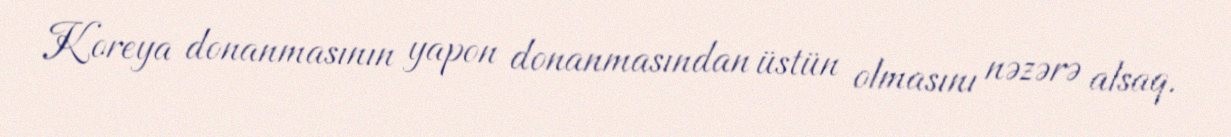
Koreya donanmasının yapon donanmasından üstün olmasını nəzərə alsaq.